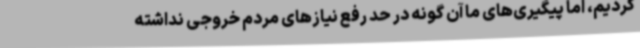
کردیم، اما پیگیری‌های ما آن گونه در حد رفع نیازهای مردم خروجی نداشته